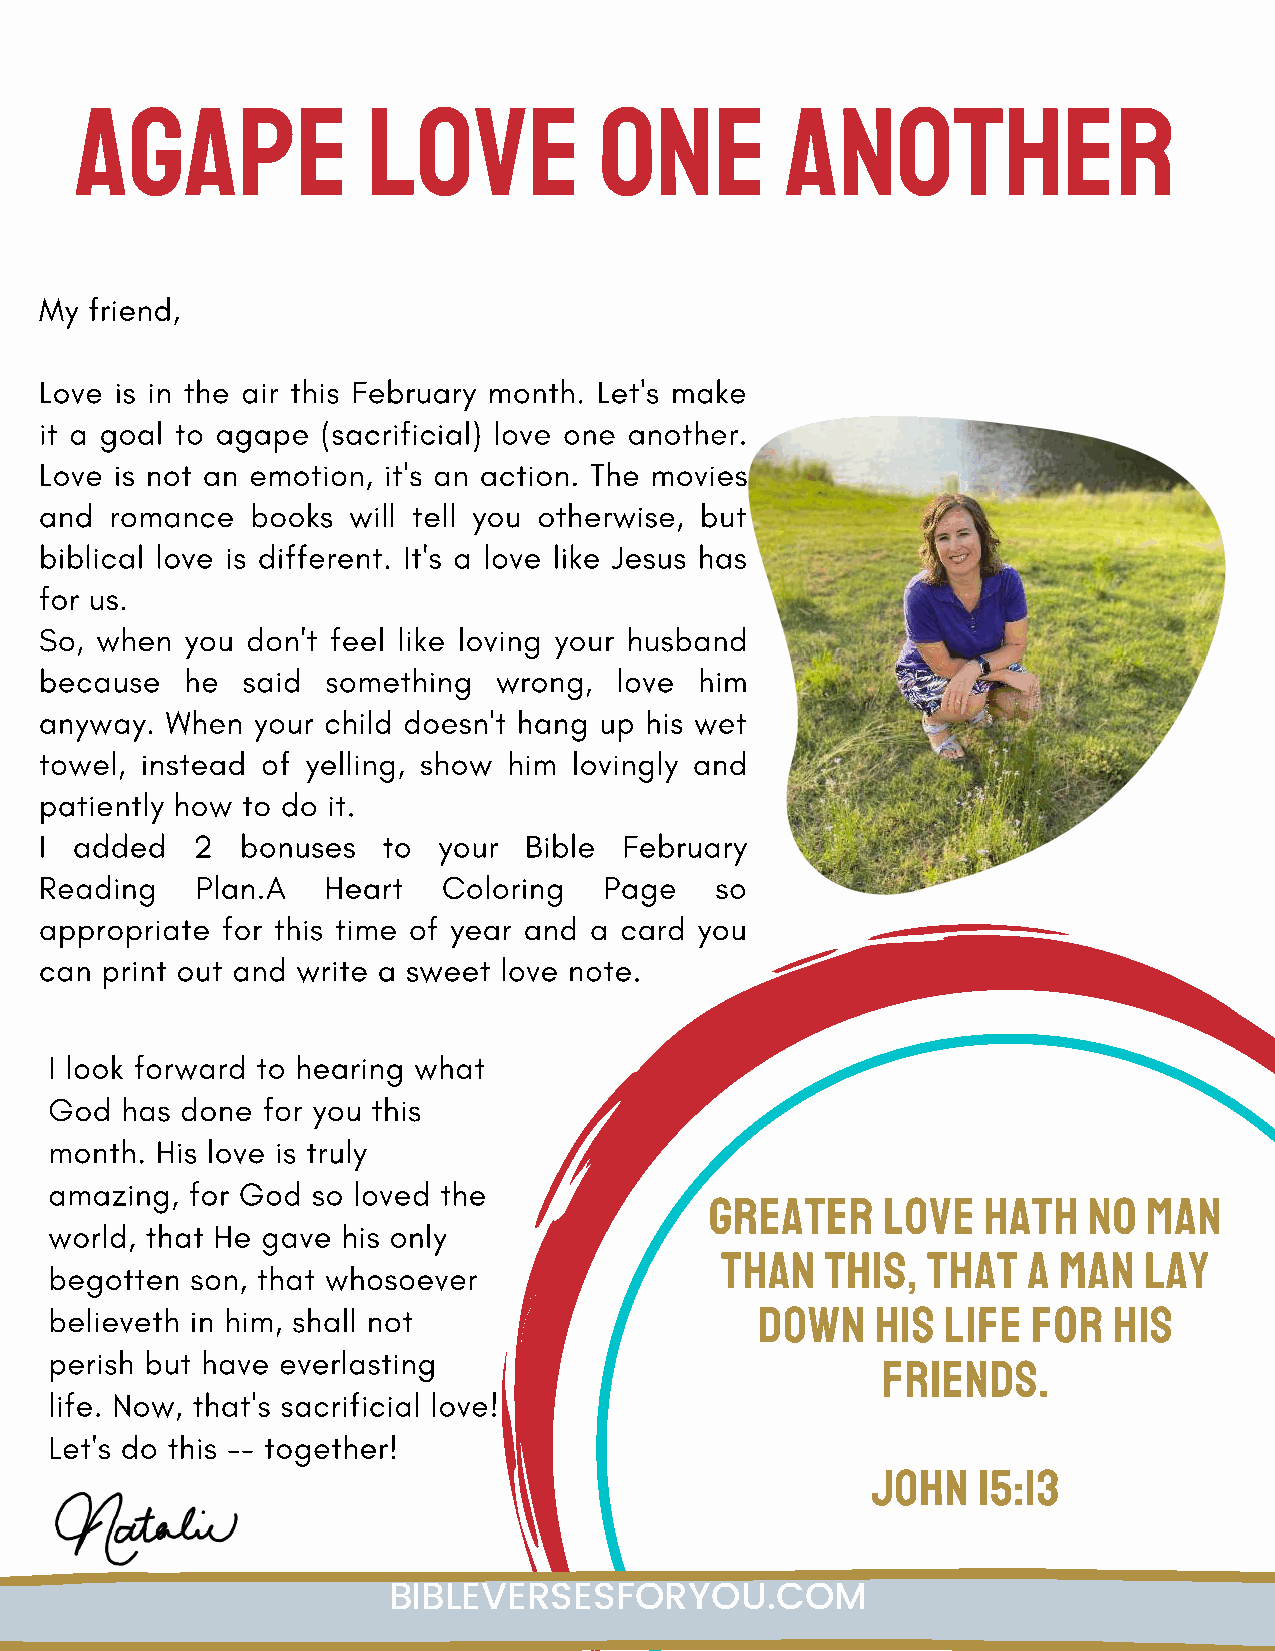
agape              love            one         another
 My friend,
 Love is in the air this February month. Let's make
 it a goal to agape (sacrificial) love one another.
 Love is not an emotion, it's an action. The movies
 and romance   books will tell you otherwise, but
 biblical love is different. It's a love like Jesus has
 for us.
 So, when you don't feel like loving your husband
 because  he  said  something  wrong,  love him
 anyway. When  your child doesn't hang up his wet
 towel, instead of yelling, show him lovingly and
 patiently how to do it.
 I added   2  bonuses  to  your  Bible February
 Reading   Plan.A   Heart  Coloring   Page   so
 appropriate for this time of year and a card you
 can print out and write a sweet love note.
 I look forward to hearing what
 God  has done for you this
 month. His love is truly
 amazing,  for God so loved the
 Greater    love   hath   no  man
 world, that He gave his only
 begotten  son, that whosoever                than   this, that   a man   lay
 believeth in him, shall not
 down    his  life for   his
 perish but have everlasting
 friends.
 life. Now, that's sacrificial love!
 Let's do this -- together!
 John   15:13
 BIBLEVERSESFORYOU.COM